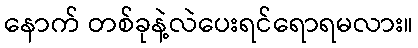
နောက် တစ်ခုနဲ့လဲပေးရင်ရောရမလား။